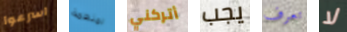
اسرعوا لمنظمة أتركني يجب تعرف لا